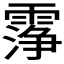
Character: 𬰆